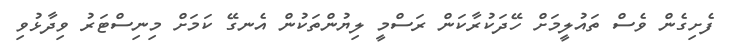
ފެށިގެން ވެސް ތައުލީމަށް ހޭދަކުރާކަން ރަސްމީ ލިޔުންތަކުން އެނގޭ ކަމަށް މިނިސްޓަރު ވިދާޅުވި